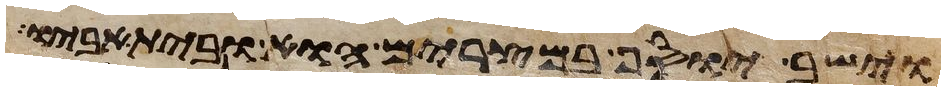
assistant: וישב יוסף במצרים הוא ובית אביו